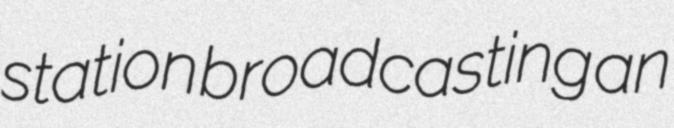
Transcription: station broadcasting an